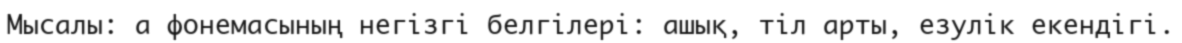
Мысалы: а фонемасының негізгі белгілері: ашық, тіл арты, езулік екендігі.